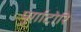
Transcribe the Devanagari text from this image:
पुर्गाटोरि